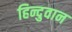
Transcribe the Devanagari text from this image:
हिन्दुवान